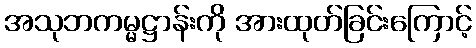
အသုဘကမ္မဋ္ဌာန်းကို အားထုတ်ခြင်းကြောင့်